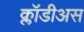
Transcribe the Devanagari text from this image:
क्लॉडीअस